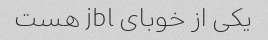
یکی از خوبای jbl هست